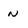
Character: n